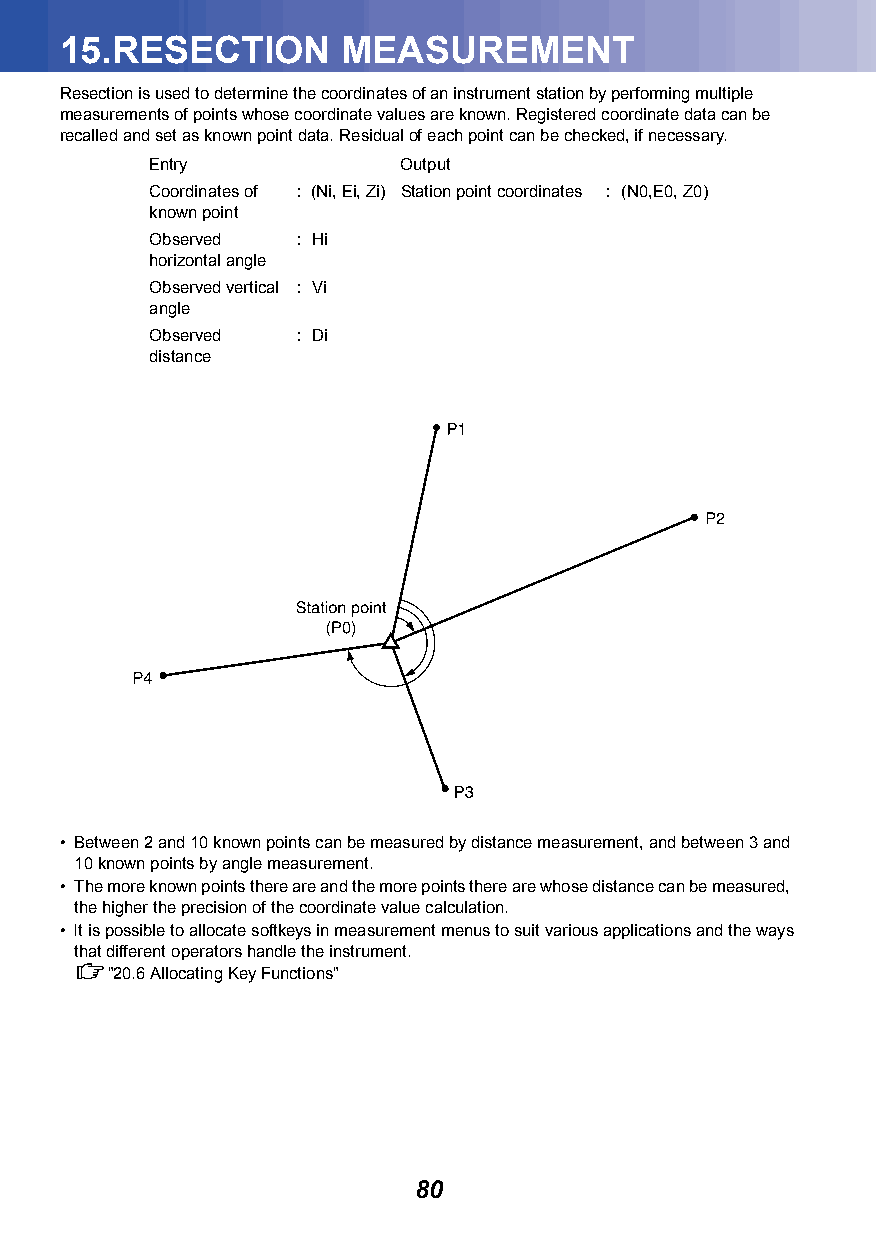
15.RESECTION       MEASUREMENT
 Resection is used to determine the coordinates of an instrument station by performing multiple
 measurements of points whose coordinate values are known. Registered coordinate data can be
 recalled and set as known point data. Residual of each point can be checked, if necessary.
 Entry           Output
 Coordinates of : (Ni, Ei, Zi) Station point coordinates : (N0,E0, Z0)
 known point
 Observed  : Hi
 horizontal angle
 Observed vertical : Vi
 angle
 Observed  : Di
 distance
 • Between 2 and 10 known points can be measured by distance measurement, and between 3 and
 10 known points by angle measurement.
 • The more known points there are and the more points there are whose distance can be measured,
 the higher the precision of the coordinate value calculation.
 • It is possible to allocate softkeys in measurement menus to suit various applications and the ways
 that different operators handle the instrument.
 "20.6Allocating Key Functions"
 80